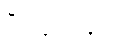
စီမံချက်နှင့်